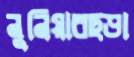
নুনিয়ারছড়া